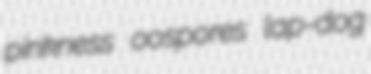
pinkness oospores lap-dog